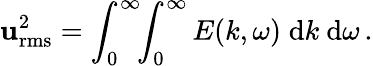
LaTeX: \mathbf{u}_{\mathrm{{rms}}}^{2}=\int_{0}^{\infty}\! \! \int_{0}^{\infty}E(k,\omega)\; \mathrm{{d}}k\ \mathrm{{d}}\omega\, .